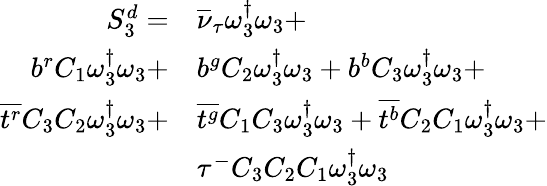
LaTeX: \begin{array}{rl}{S_{3}^{d}=}&{{\overline{{\nu}}_{\tau}}\omega_{3}^{\dagger}\omega_{3}+}\\ {{b}^{r}{C_{1}}\omega_{3}^{\dagger}\omega_{3}+}&{{b}^{g}{C_{2}}\omega_{3}^{\dagger}\omega_{3}+{b}^{b}{C_{3}}\omega_{3}^{\dagger}\omega_{3}+}\\ {\overline{{t^{r}}}{C_{3}}{C_{2}}\omega_{3}^{\dagger}\omega_{3}+}&{\overline{{t^{g}}}{C_{1}}{C_{3}}\omega_{3}^{\dagger}\omega_{3}+\overline{{t^{b}}}{C_{2}}{C_{1}}\omega_{3}^{\dagger}\omega_{3}+}\\ &{\tau^{-}{C_{3}}{C_{2}}{C_{1}}\omega_{3}^{\dagger}\omega_{3}}\end{array}